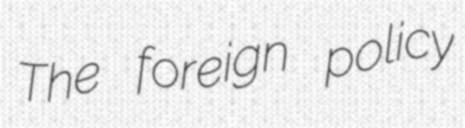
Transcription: The foreign policy